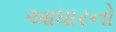
આધારનો